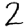
Digit: 2